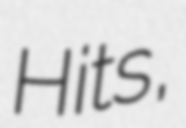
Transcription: Hits,